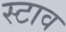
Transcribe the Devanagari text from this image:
स्टाव